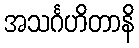
အသင်္ဂဟိတာနိ